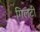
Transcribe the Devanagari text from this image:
गिलटी